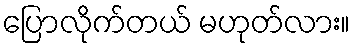
ပြောလိုက်တယ် မဟုတ်လား။